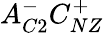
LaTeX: A_{C2}^{-}C_{NZ}^{+}